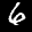
Label: 6